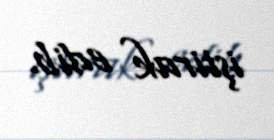
iştirak edib.